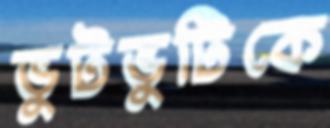
ভুটভুটিকে